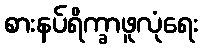
စားနပ်ရိက္ခာဖူလုံရေး